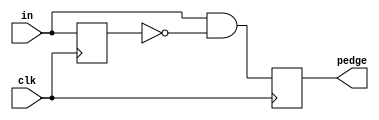
module top_module (
    input clk,
    input [7:0] in,
    output [7:0] pedge
);
    reg [7:0] temp;
    always @(posedge clk)
    	temp <= in;
    
    always @(posedge clk)
        pedge <= in & ~temp;
endmodule